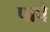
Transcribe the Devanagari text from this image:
पापै